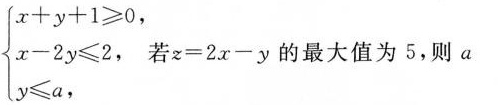
$$\left{ \begin{cases}